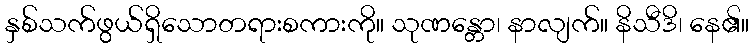
နှစ်သက်ဖွယ်ရှိသောတရားစကားကို။ သုဏန္တော၊ နာလျက်။ နိသီဒိ၊ နေ၏။